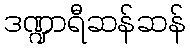
ဒဏ္ဍာရီဆန်ဆန်